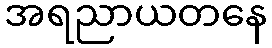
အရညာယတနေ